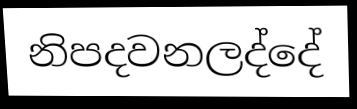
නිපදවනලද්දේ